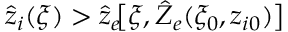
\hat { z } _ { i } ( \xi ) > \hat { z } _ { e } \! \big [ \xi , \hat { Z } _ { e } ( \xi _ { 0 } , z _ { i 0 } ) \big ]